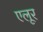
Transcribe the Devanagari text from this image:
एलूर